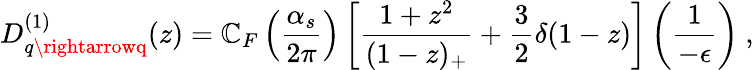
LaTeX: D_{q\rightarrowq}^{(1)}(z)=\mathbb{C}_{F}\left({\frac{{\alpha_{s}}}{{2\pi}}}\right)\left[\frac{{1+z^{2}}}{{(1-z)_{+}}}+\frac{{3}}{{2}}\delta(1-z)\right]\left({\frac{{1}}{{-\epsilon}}}\right)\ ,